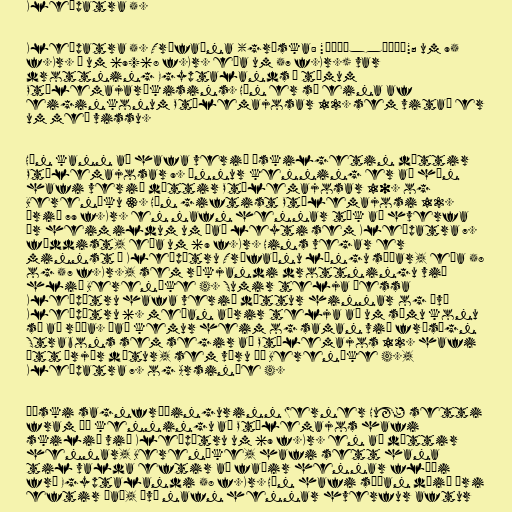
Kleópatra 5.

Kleópatra 5. Trýfaína (gríska: "Κλεοπάτρα"; um 95
f.Kr. – um 69/68 f.Kr. eða um 57 f.Kr.) var
drottning Egyptalands á tímum
Ptólemajaríkisins. Hún er sú eina af
eiginkonum Ptólemajosar 12. sem vitað er
um með vissu.

Hún kann að hafa verið óskilgetin dóttir
Ptólemajosar 9. Önnur kenning er að hún
hafi verið dóttir Ptólemajosar 10. og
Bereníku 3. Hún giftist Ptólemajosi 12.
árið 79 f.Kr. en nafn hennar tók að hverfa
úr heimildum um það leyti sem Kleópatra 7.
fæddist, eða um 69 f.Kr. Hins vegar er
minnst á Kleópötru Trýfaínu löngu síðar, eða 58
og 57 f.Kr., sem ríkjandi drottningu við
hlið Bereníke 4. Sumir telja þessa
Kleópötru hafa verið dóttur hinnar og því
Kleópötru 6. meðan aðrir telja að um sömu konu
sé að ræða. Það kemur heim og saman við frásögn
Strabons sem segir að Ptólemajos 12. hafi
átt þrjár dætur, sem væru þá Bereníke 4.,
Kleópatra 7. og Arsinóe 4.

Þýski sagnfræðingurinn Werner Huß setti
fram þá kenningu að Ptólemajos hafi
skilið við Kleópötru um 69 f.Kr. en að dóttir
hennar, Bereníke, hafi sett hana
til valda eftir að faðir hennar flúði
frá Egyptalandi 58 f.Kr. Hún hafi síðan dáið ári
eftir það, því nafn hennar hverfur aftur